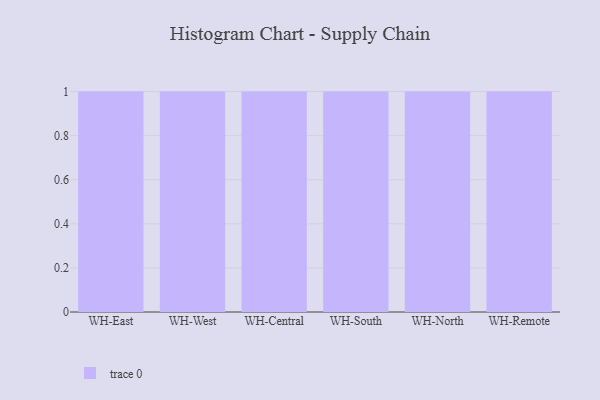
{"axis": {"x": "Warehouse", "y": "Budget (USD K)"}, "legend": [""], "data": [{"x": "WH-East", "y": 16, "type": ""}, {"x": "WH-West", "y": 96, "type": ""}, {"x": "WH-Central", "y": 10, "type": ""}, {"x": "WH-South", "y": 21, "type": ""}, {"x": "WH-North", "y": 95, "type": ""}, {"x": "WH-Remote", "y": 69, "type": ""}]}